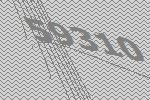
59310